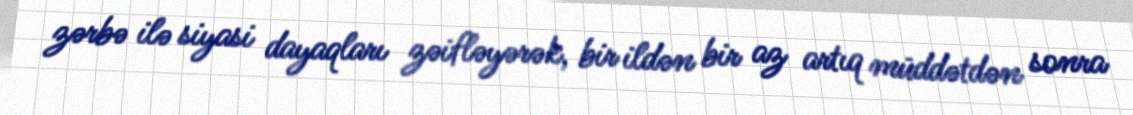
zərbə ilə siyasi dayaqları zəifləyərək, bir ildən bir az artıq müddətdən sonra